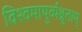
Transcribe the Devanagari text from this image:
विश्वमायुर्व्यश्नुताम्‌